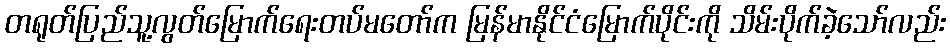
တရုတ်ပြည်သူ့လွတ်မြောက်ရေးတပ်မတော်က မြန်မာနိုင်ငံမြောက်ပိုင်းကို သိမ်းပိုက်ခဲ့သော်လည်း